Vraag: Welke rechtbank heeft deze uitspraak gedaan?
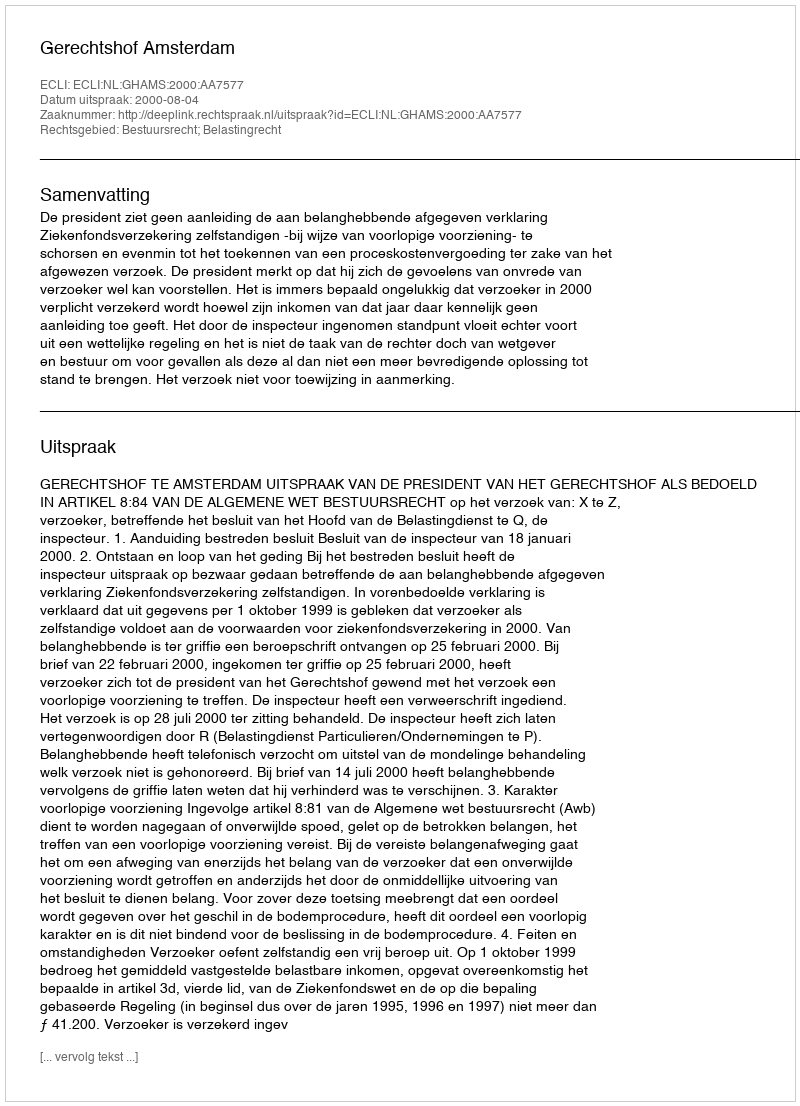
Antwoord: Gerechtshof Amsterdam